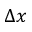
\Delta x